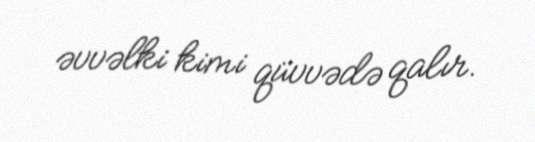
əvvəlki kimi qüvvədə qalır.